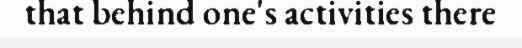
that behind one's activities there